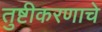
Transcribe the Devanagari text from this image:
तुष्टीकरणाचे